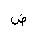
Letter: _dad